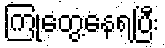
ကြုံတွေ့နေရပြီး